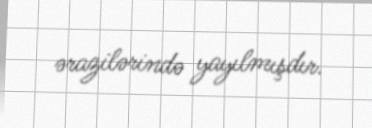
ərazilərində yayılmışdır.